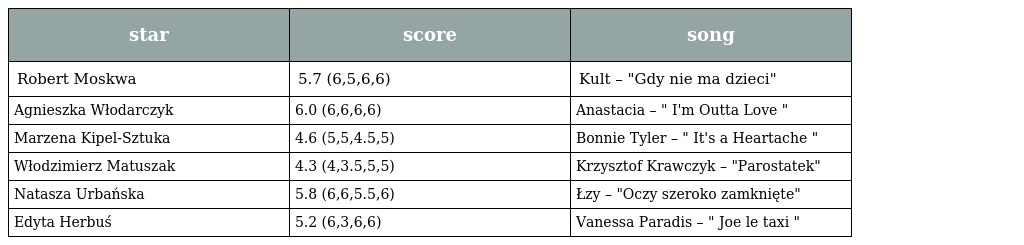
| star | score | song |
 | --- | --- | --- |
 | Robert Moskwa | 5.7 (6,5,6,6) | Kult – "Gdy nie ma dzieci" |
 | Agnieszka Włodarczyk | 6.0 (6,6,6,6) | Anastacia – " I'm Outta Love " |
 | Marzena Kipel-Sztuka | 4.6 (5,5,4.5,5) | Bonnie Tyler – " It's a Heartache " |
 | Włodzimierz Matuszak | 4.3 (4,3.5,5,5) | Krzysztof Krawczyk – "Parostatek" |
 | Natasza Urbańska | 5.8 (6,6,5.5,6) | Łzy – "Oczy szeroko zamknięte" |
 | Edyta Herbuś | 5.2 (6,3,6,6) | Vanessa Paradis – " Joe le taxi " |